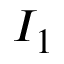
I _ { 1 }